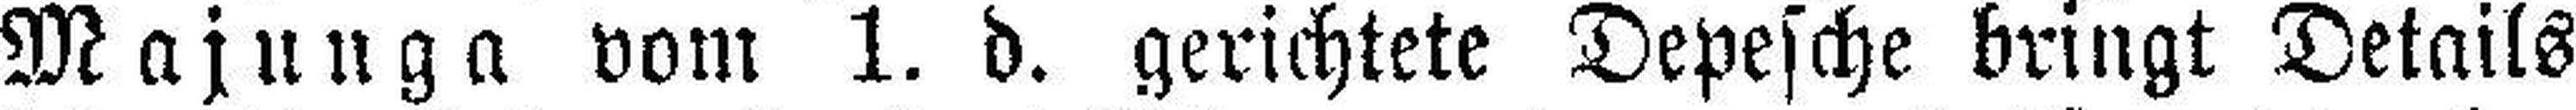
Majunga vom 1. d. gerichtete Depesche bringt Details